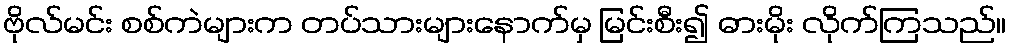
ဗိုလ်မင်း စစ်ကဲများက တပ်သားများနောက်မှ မြင်းစီး၍ ဓားမိုး လိုက်ကြသည်။